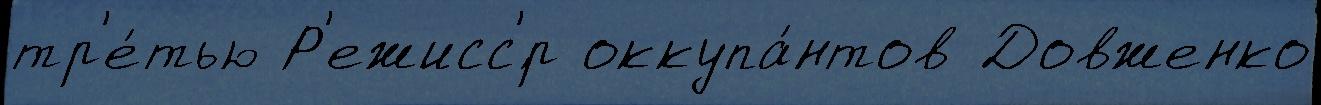
тр'е́тью Р'ежисс'́р оккупа́нтов Довженко